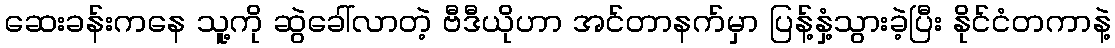
ဆေးခန်းကနေ သူ့ကို ဆွဲခေါ်လာတဲ့ ဗီဒီယိုဟာ အင်တာနက်မှာ ပြန့်နှံ့သွားခဲ့ပြီး နိုင်ငံတကာနဲ့